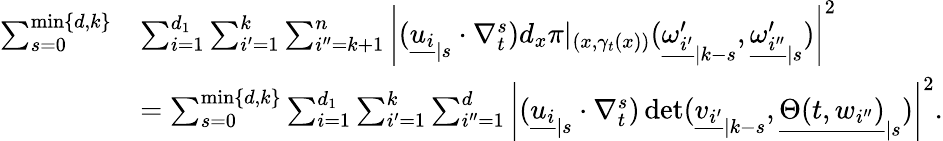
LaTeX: \begin{array}{rl}{\sum_{s=0}^{\operatorname*{min}\{ d,k\} }}&{\sum_{i=1}^{d_{1}}\sum_{i^{\prime}=1}^{k}\sum_{i^{\prime\prime}=k+1}^{n}\left|({\underline{{u_{i}}}}_{|s}\cdot\nabla_{t}^{s})d_{x}\pi|_{(x,\gamma_{t}(x))}({\underline{{\omega_{i^{\prime}}^{\prime}}}}_{|k-s},{\underline{{\omega_{i^{\prime\prime}}^{\prime}}}}_{|s})\right|^{2}}\\ &{=\sum_{s=0}^{\operatorname*{min}\{ d,k\} }\sum_{i=1}^{d_{1}}\sum_{i^{\prime}=1}^{k}\sum_{i^{\prime\prime}=1}^{d}\left|({\underline{{u_{i}}}}_{|s}\cdot\nabla_{t}^{s})\operatorname*{det}({\underline{{v_{i^{\prime}}}}}_{|k-s},{\underline{{\Theta(t,w_{i^{\prime\prime}})}}}_{|s})\right|^{2}.}\end{array}